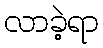
လာခဲ့ရာ